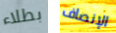
بطلاء الإنصاف